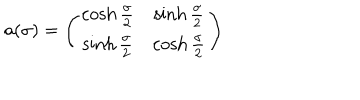
a ( \sigma ) = \left( \begin{array} { c c } { { \cosh \frac { \sigma } { 2 } } } & { { \sinh \frac { \sigma } { 2 } } } \\ { { \sinh \frac { \sigma } { 2 } } } & { { \cosh \frac { \sigma } { 2 } } } \\ \end{array} \right)